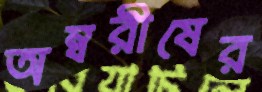
অম্বরীষের